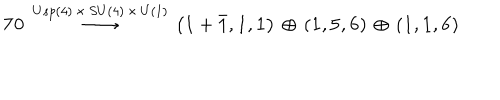
LaTeX: { \bf 7 0 } \, \stackrel { U s p ( 4 ) \, \times \, S U ( 4 ) \, \times \, U ( 1 ) } { \longrightarrow } \, \left( { \bf 1 } + { \bar { \bf 1 } } , { \bf 1 } , { \bf 1 } \right) \, \oplus \, \left( { \bf 1 } , { \bf 5 } , { \bf 6 } \right) \, \oplus \, \left( { \bf 1 } , { \bf 1 } , { \bf 6 } \right)